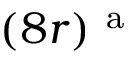
( 8 r ) ^ { \mathrm { ~ a ~ } }